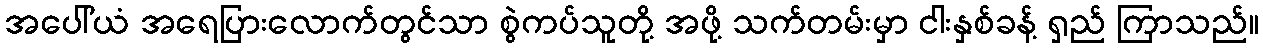
အပေါ်ယံ အရေပြားလောက်တွင်သာ စွဲကပ်သူတို့ အဖို့ သက်တမ်းမှာ ငါးနှစ်ခန့် ရှည် ကြာသည်။